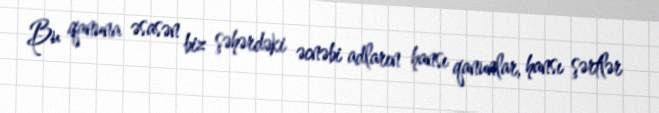
Bu qanuna əsasən biz şəhərdəki əcnəbi adların hansı qanunlar, hansı şərtlər